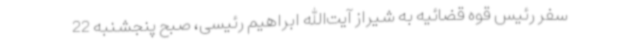
سفر رئیس قوه قضائیه به شیراز آیت‌الله ابراهیم رئیسی، صبح پنجشنبه 22